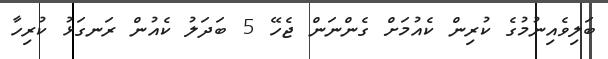
ބަލިވެއިނުމުގެ ކުރިން ކެއުމަށް ގެންނަން ޖެހޭ 5 ބަދަލު ކެއުން ރަނގަޅު ކުރިހާ